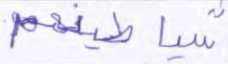
شياطينهم